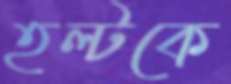
হল্টকে